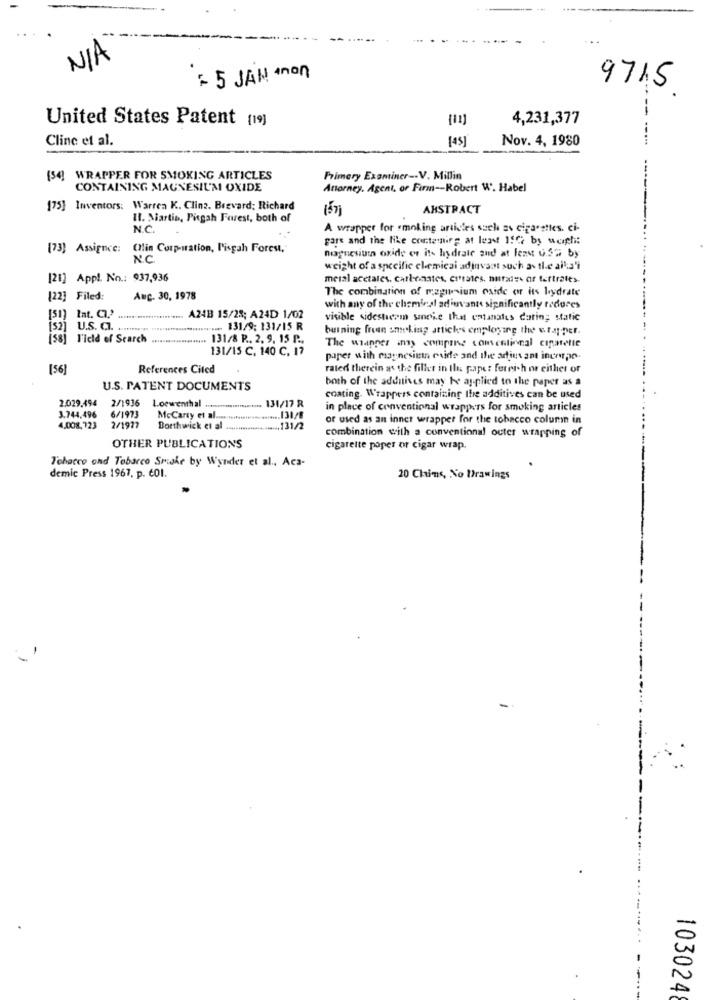
: 5 JAN mnon
971,5
---
United States Patent [19]
(11)
4,231,377
Cline et al.
[4]
Nov. 4, 1980
WRAPPER FOR SMOKING ARTICLES
Primery Examiner -. V. Millin
CONTAINING MAGNESIUM OXIDE
Attorney. Agent, or Firm -- Robert W. Habel
175] Inventors: Warren K. Clina. Brevard: Richard
AHSTRACT
Il. Martin, Pisgah Forest, both of
N.C.
A wrapper for smoking articles such av cigarettes. ci-
gars and the like containing at least 15℃ by weight
[73] Assignce:
OHlin Corporation, l'isgah Forest,
magnesium oxide er it- hydrate and at least 0.527 by
N.C.
weight of a specific chemicai adinvant such as the allis'i
[21] Appl. No .: 937,936
metal acetates. carbonates, corrales. natrais of fertrales.
The combination of maguium oxide or its hydrate
[22] Filed:
Auc. 30, 1978
Int. C.'
with any of the chemical ad uvant significantly reduces
A2483 15/28; A24D 1/02
visible sidesterm smoke that emanates daring static
[52] U.S. C.
.. 131/9: 131/15 R
burning fran smoking attiches employing the uta-per.
(58] Field of Search .....
.... 131/8 P .. 2. 9, 15 P .,
131/15 C. 140 C. 17
The wrapper inny compie comentional cigarette
paper with magnesien cuide and the adfins amt incorpo-
[56]
References Cited
rated therein as the filler in Ih gape: ferri-h or either or
both of the adenises may be applied to the paper as a
U.S. PATENT DOCUMENTS
2.029.494
coating. Wrappers containing the additives can be used
2/1936 Lowenthal ........................ 131/17 R
in place of conventional wrappers for smoking articles
3.744,496
6/1973
McCarty et al .............
........ 131/8
or used as an inner wrapper for the tobacco column in
4,008,723
2/1977
Borthwick et al ...................... 131/2
combination with a conventional outer wrapping of
OTHER PUBLICATIONS
cigarette poper or cigar wrap.
Tobacco and Tobacco Smoke by Wynder et al ., Aca-
demic Press 1967, p. 601.
20 Chins, No Drawings
103024